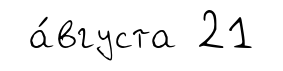
а́вгуста 21